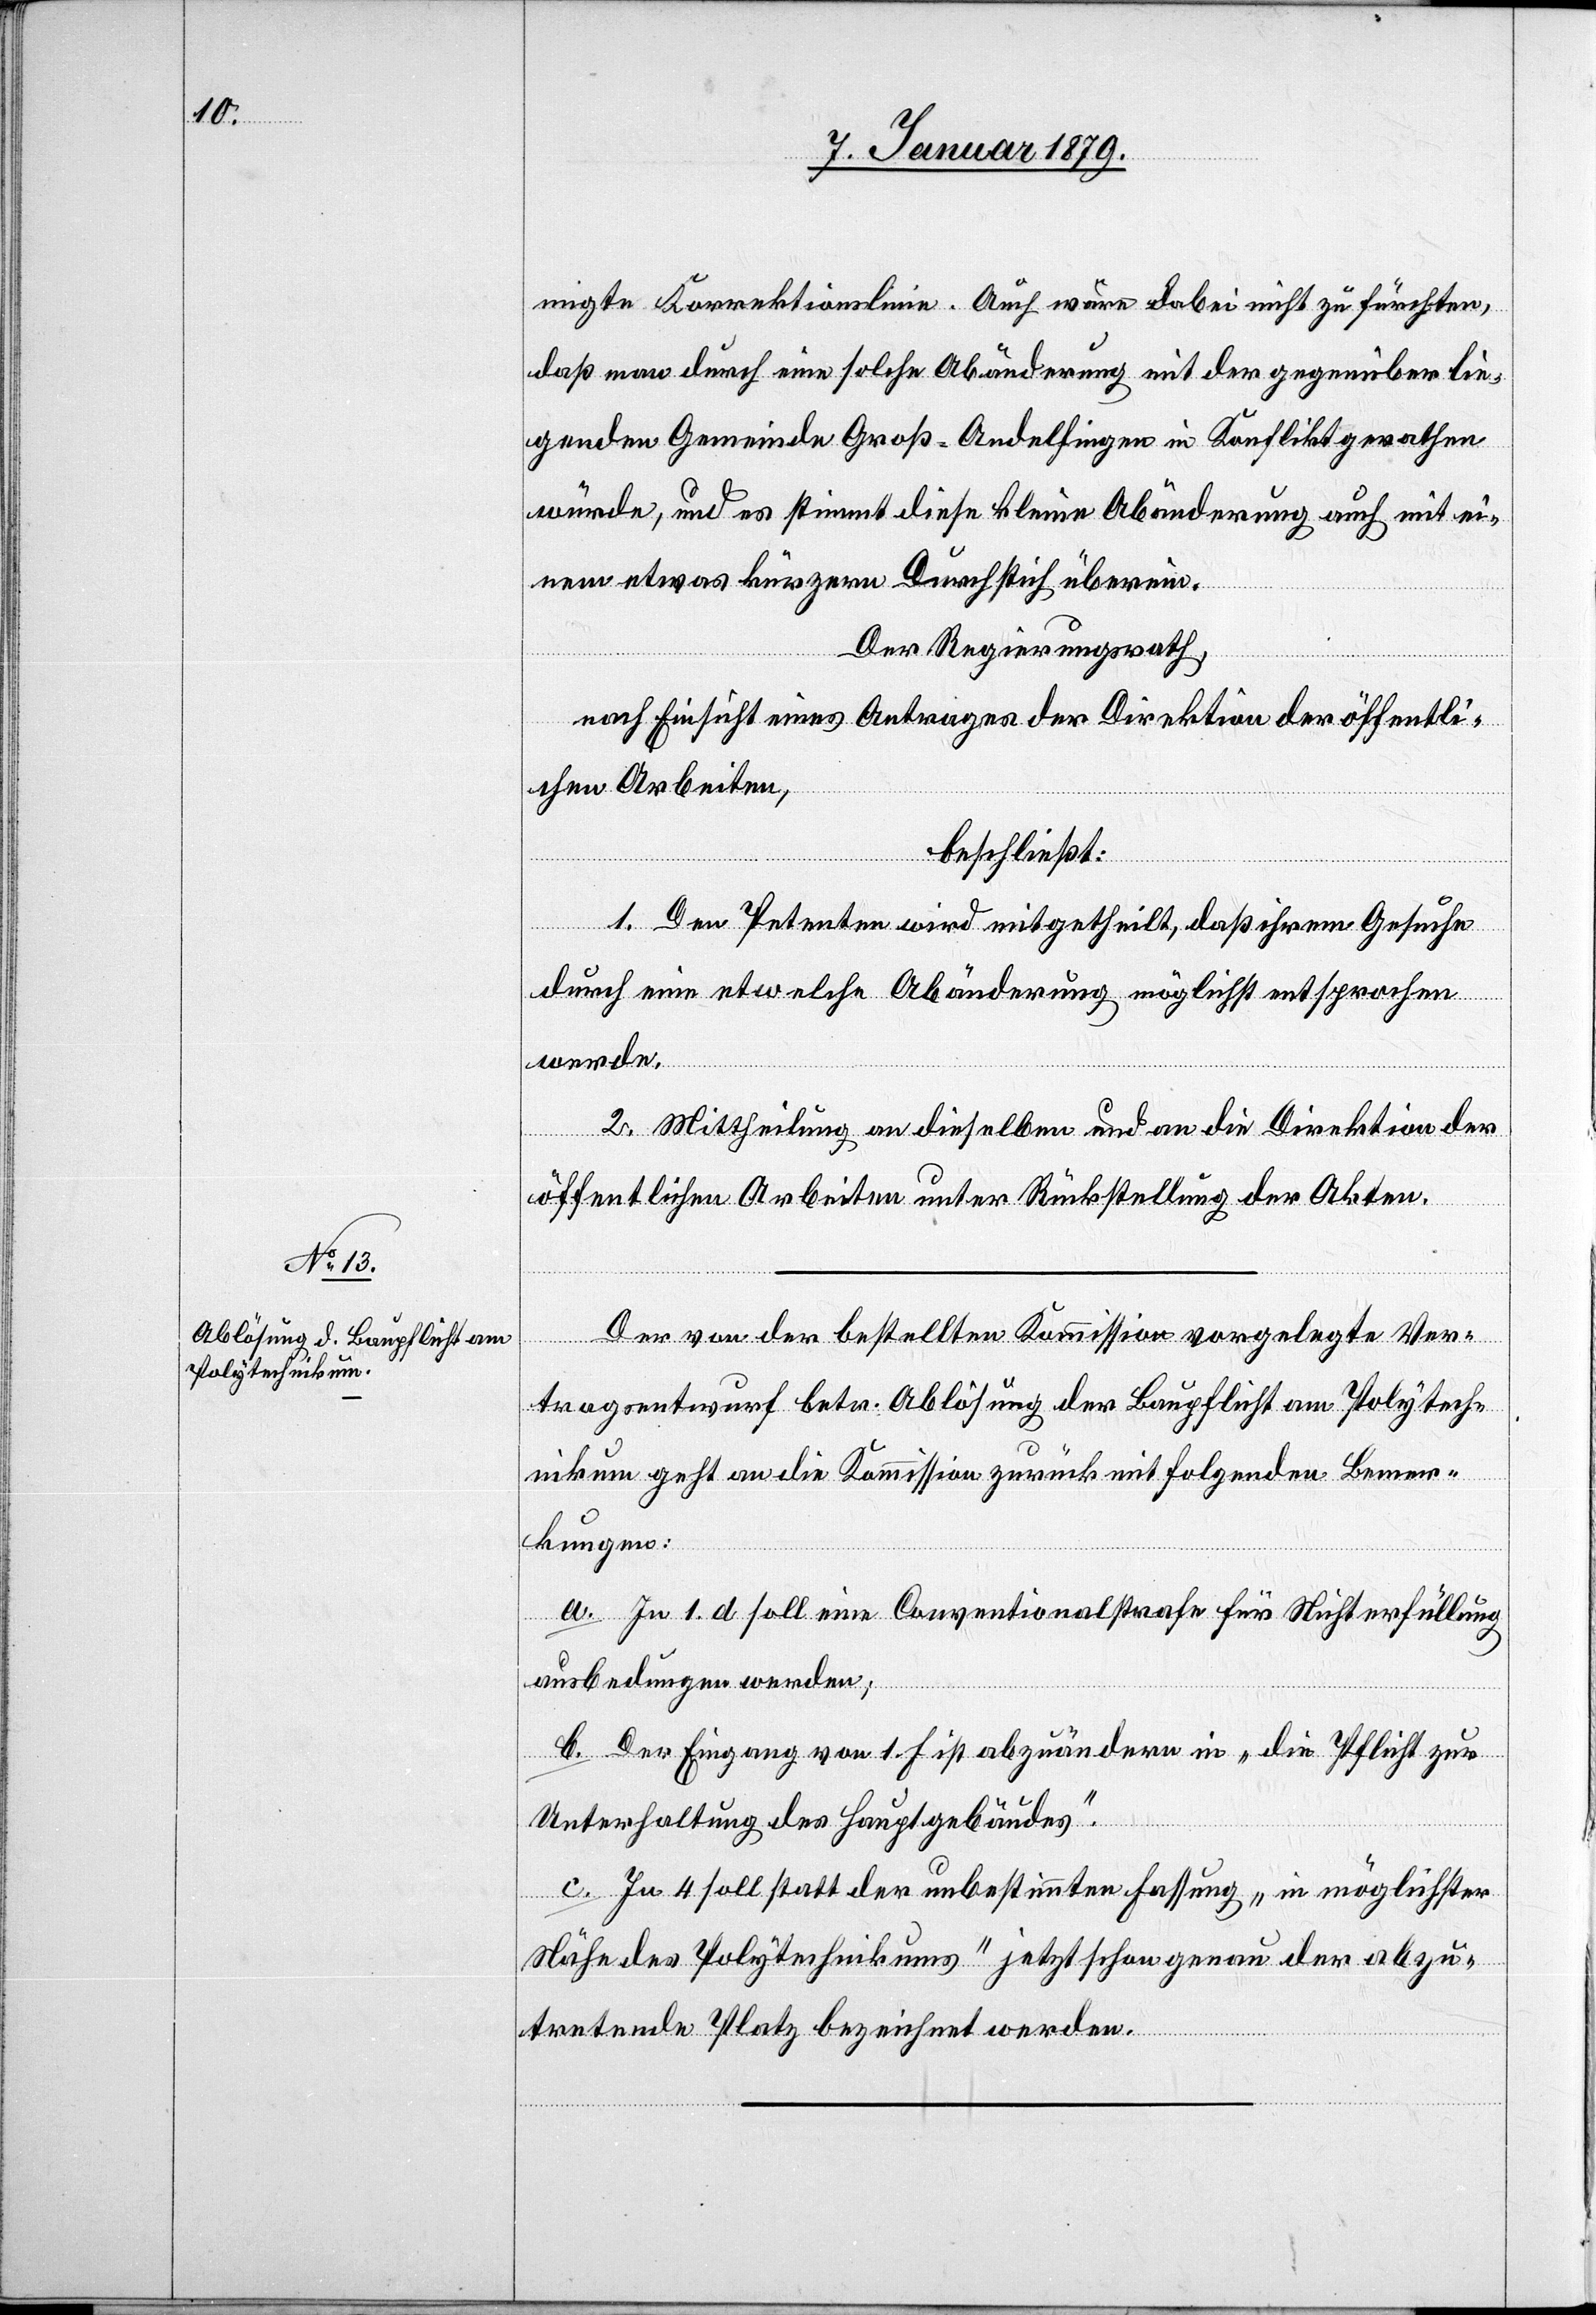
migte Korrektionslinie. Auch wäre dabei nicht zu fürchten,
daß man durch eine solche Abänderung mit der gegenüber lie¬
genden Gemeinde Groß-Andelfingen in Konflikt gerathen
würde, und es stimmt diese kleine Abänderung auch mit ei¬
nem etwas kürzern Durchstich überein.
Der Regierungsrath,
nach Einsicht eines Antrages der Direktion der öffentli¬
chen Arbeiten,
beschließt:
1. Den Petenten wird mitgetheilt, daß ihrem Gesuche
durch eine etwelche Abänderung möglichst entsprochen
werde.
2. Mittheilung an dieselben und an die Direktion der
öffentlichen Arbeiten unter Rückstellung der Akten.
Der von der bestellten Kommission vorgelegte Ver¬
tragsentwurf betr. Ablösung der Baupflicht am Polytech¬
nikum geht an die Kommission zurück mit folgenden Bemer¬
kungen:
a. In 1. d soll eine Conventionalstrafe für Nichterfüllung
ausbedungen werden;
b. Der Eingang von 1. f ist abzuändern in „die Pflicht zur
Unterhaltung des Hauptgebäudes“.
c. In 4 soll statt der unbestimmten Fassung „in möglichster
Nähe des Polytechnikums“ jetzt schon genau der abzu¬
tretende Platz bezeichnet werden.